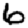
Digit: 6